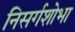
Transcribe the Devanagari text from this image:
निसर्गशोभा